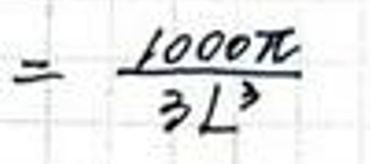
$= \frac { 1 0 0 0 \pi } { 3 L ^ { 2 } }$